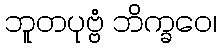
ဘူတပုဗ္ဗံ ဘိက္ခဝေ၊